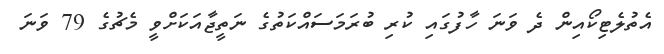
އެތުލެޓިކޯއިން ދެ ވަނަ ހާފުގައި ކުރި ބުރަމަސައްކަތުގެ ނަތީޖާއަކަށްވީ މެޗުގެ 79 ވަނަ